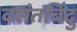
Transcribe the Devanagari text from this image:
वसंतबिंदु